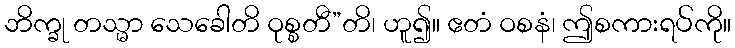
ဘိက္ခု တသ္မာ သေခေါတိ ဝုစ္စတီ”တိ၊ ဟူ၍။ ဧတံ ဝစနံ၊ ဤစကားရပ်ကို။